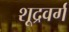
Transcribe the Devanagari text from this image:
शूद्रवर्ग